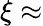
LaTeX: \xi\approx